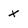
Character: X